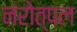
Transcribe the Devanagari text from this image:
नरोत्पल